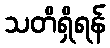
သတိရှိရန်